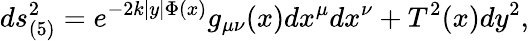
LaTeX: ds_{(5)}^{2}=e^{-2k|y|\Phi(x)}g_{\mu\nu}(x)dx^{\mu}dx^{\nu}+T^{2}(x)dy^{2},